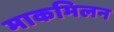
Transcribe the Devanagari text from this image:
माकमिलन